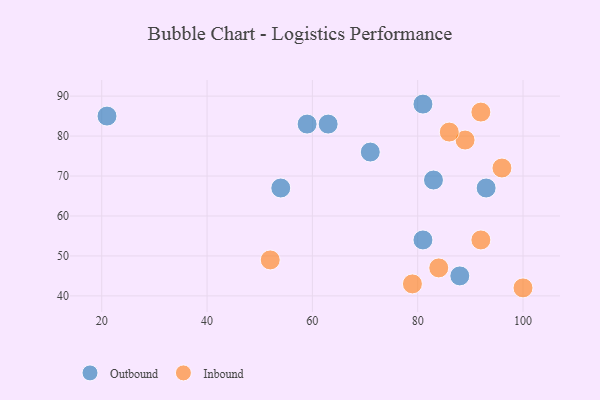
{"axis": {"x": "GDP", "y": "Life Expectancy"}, "legend": ["Inbound", "Outbound"], "data": [{"x": "21", "y": 85, "type": "Outbound"}, {"x": "71", "y": 76, "type": "Outbound"}, {"x": "88", "y": 45, "type": "Outbound"}, {"x": "59", "y": 83, "type": "Outbound"}, {"x": "63", "y": 83, "type": "Outbound"}, {"x": "81", "y": 54, "type": "Outbound"}, {"x": "83", "y": 69, "type": "Outbound"}, {"x": "81", "y": 88, "type": "Outbound"}, {"x": "54", "y": 67, "type": "Outbound"}, {"x": "93", "y": 67, "type": "Outbound"}, {"x": "89", "y": 79, "type": "Inbound"}, {"x": "92", "y": 54, "type": "Inbound"}, {"x": "96", "y": 72, "type": "Inbound"}, {"x": "100", "y": 42, "type": "Inbound"}, {"x": "84", "y": 47, "type": "Inbound"}, {"x": "52", "y": 49, "type": "Inbound"}, {"x": "79", "y": 43, "type": "Inbound"}, {"x": "86", "y": 81, "type": "Inbound"}, {"x": "92", "y": 86, "type": "Inbound"}]}